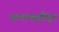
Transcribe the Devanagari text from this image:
कलाकृतींतून